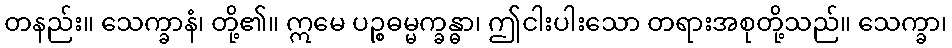
တနည်း။ သေက္ခာနံ၊ တို့၏။ ဣမေ ပဉ္စဓမ္မက္ခန္ဓာ၊ ဤငါးပါးသော တရားအစုတို့သည်။ သေက္ခာ၊